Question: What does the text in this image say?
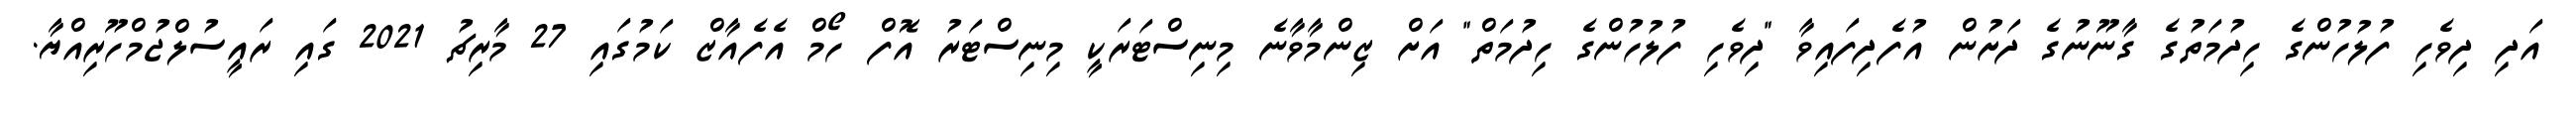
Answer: އަދި ދިވެހި ފުލުހުންގެ ހިދުމަތުގެ ގާނޫނުގެ ދަށުން އުފެދިފައިވާ "ދިވެހި ފުލުހުންގެ ހިދުމަތް" އަށް ޒިންމާވާނެ މިނިސްޓަރަކީ މިނިސްޓަރު އޮފް ހޯމް އެފެއާޒް ކަމުގައި 27 މާރިޗު 2021 ގައި ރައީސުލްޖުމްހޫރިއްޔާ.